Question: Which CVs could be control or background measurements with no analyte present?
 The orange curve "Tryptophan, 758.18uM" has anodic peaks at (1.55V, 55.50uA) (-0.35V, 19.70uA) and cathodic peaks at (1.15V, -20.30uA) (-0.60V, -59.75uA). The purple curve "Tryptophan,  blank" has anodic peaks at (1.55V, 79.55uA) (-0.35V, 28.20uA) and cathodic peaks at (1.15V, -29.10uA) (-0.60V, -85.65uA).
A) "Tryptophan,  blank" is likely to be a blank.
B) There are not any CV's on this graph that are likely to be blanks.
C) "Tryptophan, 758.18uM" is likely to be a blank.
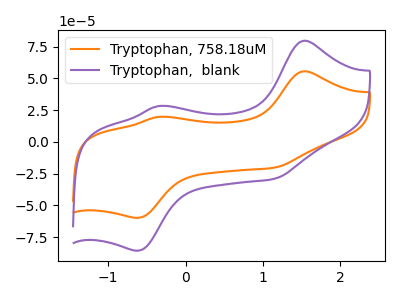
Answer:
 <answer>B) There are not any CV's on this graph that are likely to be blanks.</answer>
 <eval>B</eval>